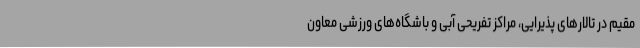
مقیم در تالارهای پذیرایی، مراکز تفریحی آبی و باشگاه‌های ورزشی معاون